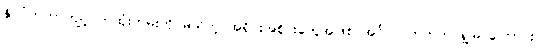
နိုင်ငံတကာကျင့်ဝတ်ထုံးတမ်းကို မသိတဲ့ အရိုင်းအစိုင်းတွေအဖြစ် အင်္ဂလိပ်ဘက်က ရှုမြင်ကြောင်း